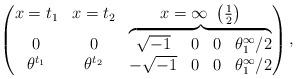
LaTeX: \begin{gather*}\left(\begin{matrix}x=t_1 & x=t_2 & x=\infty \ \left( \frac12 \right)\\ \begin{matrix}0 \\\theta^{t_1}\end{matrix} &\begin{matrix}0 \\\theta^{t_2}\end{matrix}&\overbrace{\begin{matrix}\sqrt{-1} & 0 & 0 & \theta^\infty_1/2 \\-\sqrt{-1} & 0 & 0 & \theta^\infty_1/2\end{matrix}}\end{matrix}\right),\end{gather*}